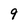
Character: 9